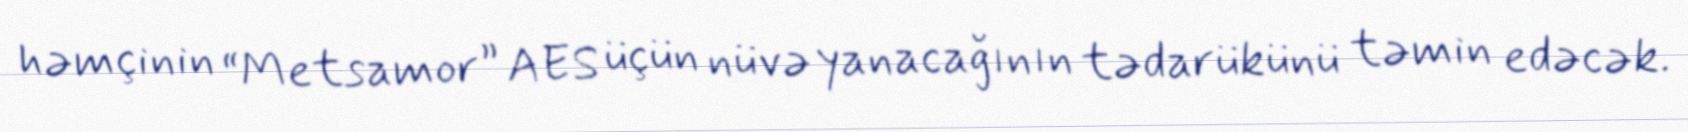
həmçinin “Metsamor” AES üçün nüvə yanacağının tədarükünü təmin edəcək.